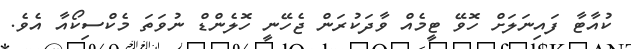
ކުއާޓާ ފައިނަލަށް ހޮވޭ ޓީމެއް ވާދަކުރަން ޖެހޭނީ ހޮލެންޑް ނުވަތަ މެކްސިކޯއާ އެވެ.